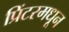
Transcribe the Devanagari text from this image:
प्रिंटरमधून